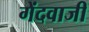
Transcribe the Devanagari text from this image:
गेंदवाजी